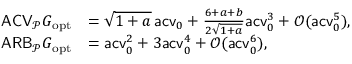
\begin{array} { r l } { \mathsf { A C V } _ { \mathcal P } G _ { \mathrm { o p t } } } & { = \sqrt { 1 + a } \, \mathsf { a c v } _ { 0 } + \frac { 6 + a + b } { 2 \sqrt { 1 + a } } \mathsf { a c v } _ { 0 } ^ { 3 } + \mathcal O ( \mathsf { a c v } _ { 0 } ^ { 5 } ) , } \\ { \mathsf { A R B } _ { \mathcal P } G _ { \mathrm { o p t } } } & { = \mathsf { a c v } _ { 0 } ^ { 2 } + 3 \mathsf { a c v } _ { 0 } ^ { 4 } + \mathcal O ( \mathsf { a c v } _ { 0 } ^ { 6 } ) , } \end{array}